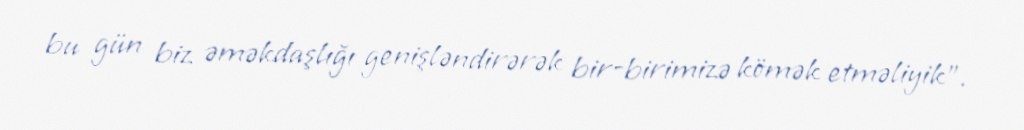
bu gün biz əməkdaşlığı genişləndirərək bir-birimizə kömək etməliyik".